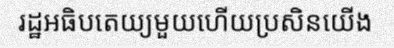
រដ្ឋអធិបតេយ្យមួយហើយប្រសិនយើង